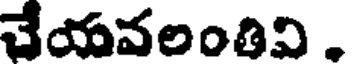
చేయవలంతివి .